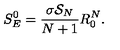
S _ { E } ^ { 0 } = { \frac { \sigma { \cal S } _ { N } } { N + 1 } } R _ { 0 } ^ { N } .